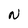
Character: N